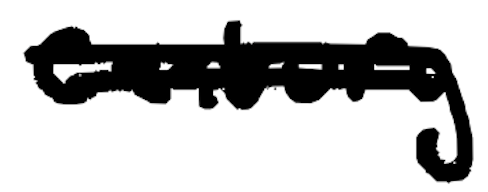
Text: century
Cross-out: double-line
Writing tool: digital_black